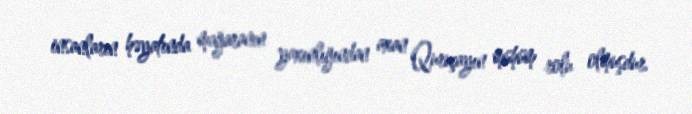
insanların həyatında mağaranın yaxınlığından axan Quruçayın mühüm rolu olmuşdur.